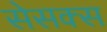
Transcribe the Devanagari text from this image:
सेसक्स